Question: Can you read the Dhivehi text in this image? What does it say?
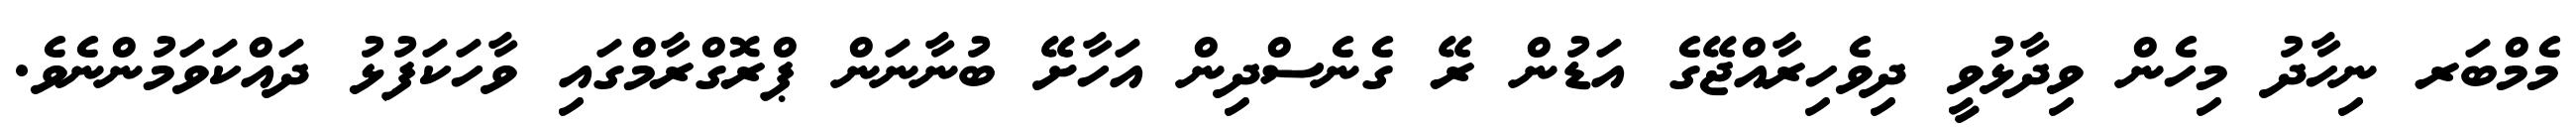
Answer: މެމްބަރ ނިހާދު މިހެން ވިދާޅުވީ ދިވެހިރާއްޖޭގެ އަޑުން ރޭ ގެނެސްދިން އަހާށޭ ބުނާނަން ޕްރޮގްރާމްގައި ވާހަކަފުޅު ދައްކަވަމުންނެވެ.